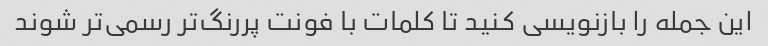
این جمله را بازنویسی کنید تا کلمات با فونت پررنگ‌تر رسمی‌تر شوند